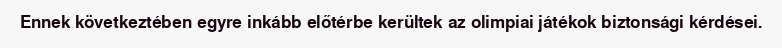
Ennek következtében egyre inkább előtérbe kerültek az olimpiai játékok biztonsági kérdései.